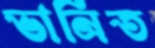
ভানিত